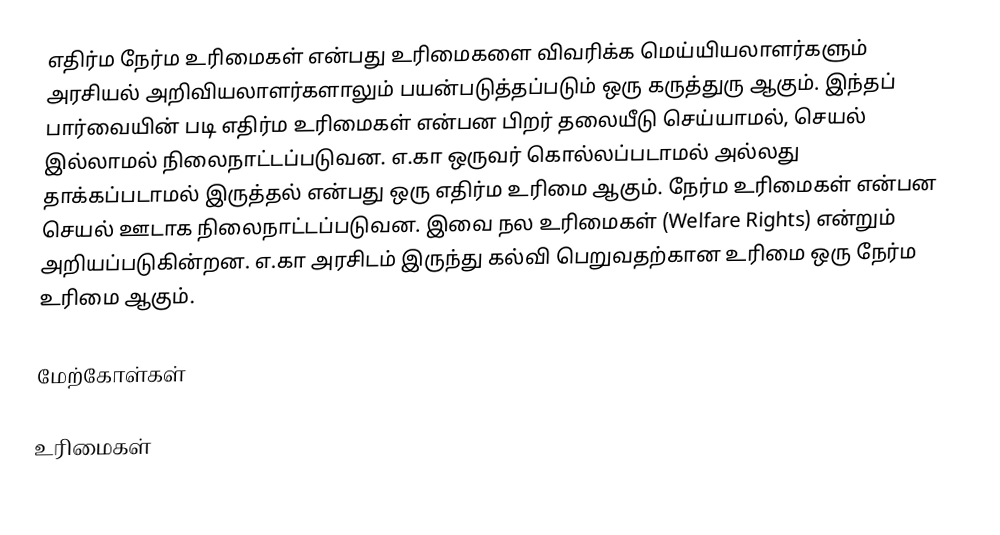
எதிர்ம நேர்ம உரிமைகள் என்பது உரிமைகளை விவரிக்க மெய்யியலாளர்களும் அரசியல் அறிவியலாளர்களாலும் பயன்படுத்தப்படும் ஒரு கருத்துரு ஆகும்.  இந்தப் பார்வையின் படி எதிர்ம உரிமைகள் என்பன பிறர் தலையீடு செய்யாமல், செயல் இல்லாமல் நிலைநாட்டப்படுவன.  எ.கா ஒருவர் கொல்லப்படாமல் அல்லது தாக்கப்படாமல் இருத்தல் என்பது ஒரு எதிர்ம உரிமை ஆகும்.  நேர்ம உரிமைகள் என்பன செயல் ஊடாக நிலைநாட்டப்படுவன.  இவை நல உரிமைகள் (Welfare Rights) என்றும் அறியப்படுகின்றன.  எ.கா அரசிடம் இருந்து கல்வி பெறுவதற்கான உரிமை ஒரு நேர்ம உரிமை ஆகும்.

மேற்கோள்கள்

உரிமைகள்